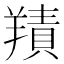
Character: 𦎸